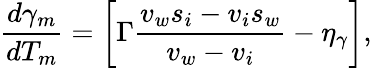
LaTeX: \frac{d\gamma_{m}}{dT_{m}}=\left[\Gamma\frac{v_{w}s_{i}-v_{i}s_{w}}{v_{w}-v_{i}}-\eta_{\gamma}\right],